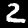
Label: 2